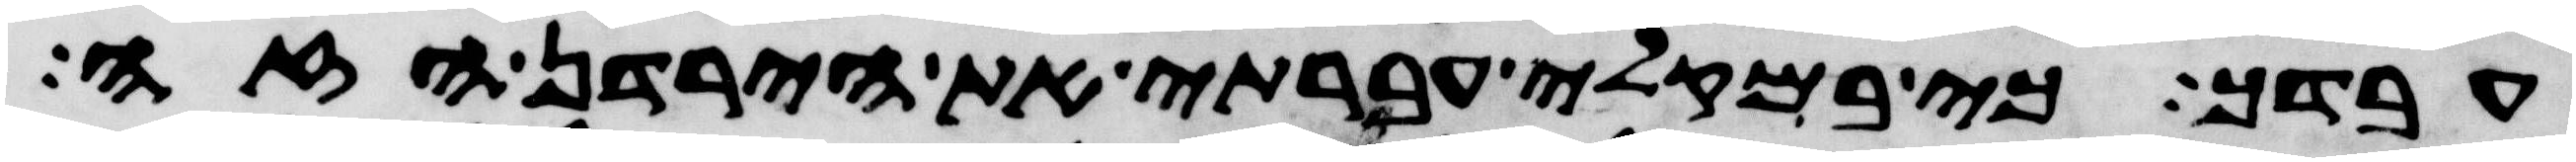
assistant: עבדך כי במקלי עברתי את הירדן הזה